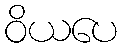
ဝိယပေ